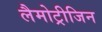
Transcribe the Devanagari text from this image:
लैमोट्रीजिन